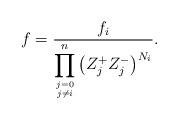
LaTeX: \begin{align*}f=\frac{f_i}{\displaystyle\prod_{j=0 \atop j \neq i}^n \left(Z_j^+Z_j^-\right)^{N_i}}.\end{align*}